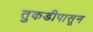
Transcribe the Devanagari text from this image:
तुकडीपासून